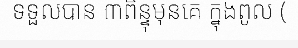
ទទួលបាន ៣ពិន្ទុមុនគេ ក្នុងពូល (